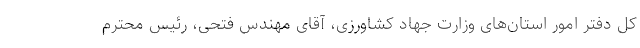
کل دفتر امور استان‌های وزارت جهاد کشاورزی، آقای مهندس فتحی، رئیس محترم